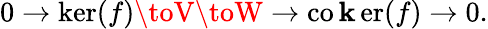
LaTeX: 0\to\ker(f)\toV\toW\to\operatorname{co\mathbf{k}er}(f)\to0.